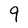
Character: 9